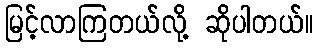
မြင့်လာကြတယ်လို့ ဆိုပါတယ်။